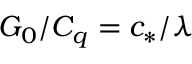
G _ { 0 } / C _ { q } = c _ { * } / \lambda